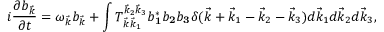
i \frac { \partial b _ { \vec { k } } } { \partial t } = \omega _ { \vec { k } } b _ { \vec { k } } + \int T _ { \vec { k } \vec { k } _ { 1 } } ^ { \vec { k } _ { 2 } \vec { k } _ { 3 } } b _ { \mathbf 1 } ^ { * } b _ { \mathbf 2 } b _ { \mathbf 3 } \delta ( \vec { k } + \vec { k } _ { 1 } - \vec { k } _ { 2 } - \vec { k } _ { 3 } ) d \vec { k } _ { 1 } d \vec { k } _ { 2 } d \vec { k } _ { 3 } ,